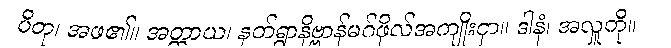
ပိတု၊ အဖ၏။ အတ္ထာယ၊ နတ်ရွာနိဗ္ဗာန်မဂ်ဖိုလ်အကျိုးငှာ။ ဒါနံ၊ အလှူကို။